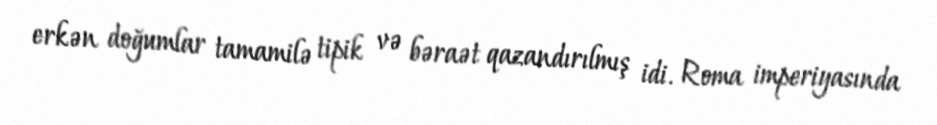
erkən doğumlar tamamilə tipik və bəraət qazandırılmış idi. Roma imperiyasında